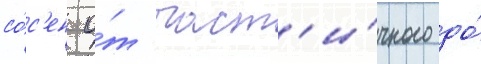
со́с'ен о́т част'и́чного до́